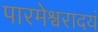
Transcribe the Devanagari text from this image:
पारमेश्वरादयं